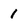
Character: 1